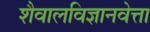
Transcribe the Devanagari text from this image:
शैवालविज्ञानवेत्ता